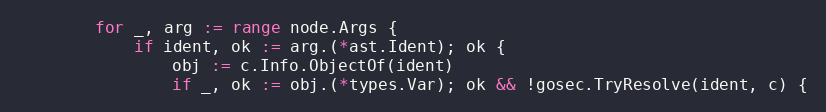
Language: Go
		for _, arg := range node.Args {
			if ident, ok := arg.(*ast.Ident); ok {
				obj := c.Info.ObjectOf(ident)
				if _, ok := obj.(*types.Var); ok && !gosec.TryResolve(ident, c) {